Scottish Certificate of Education, 1963
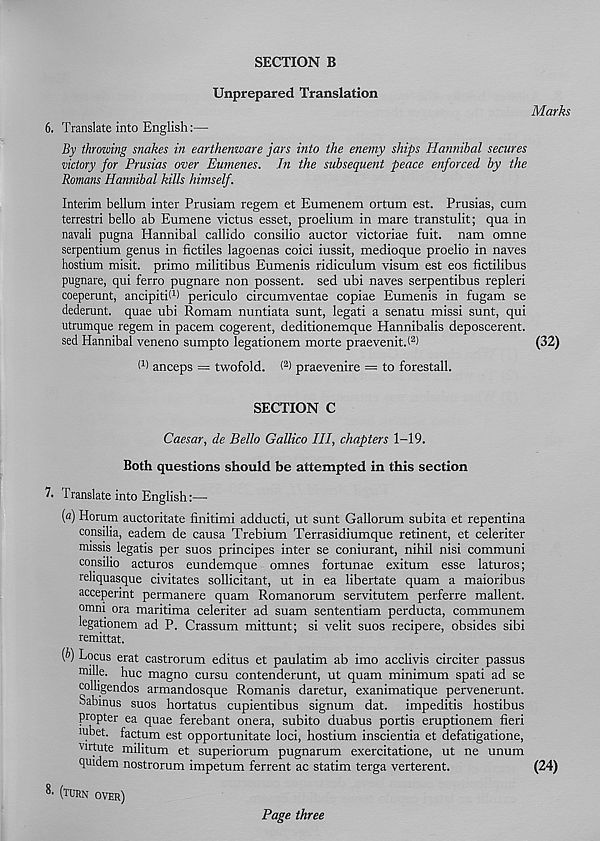
SECTION B
6.
Unprepared Translation
Translate into English:—
Marks
By throwing snakes in earthenware jars into the enemy ships Hannibal secures
victory for Prusias over Eumenes. Jn the subsequent peace enforced by the
Romans Hannibal kills himself.
Interim helium inter Prusiam regem et Eumenem ortum est. Prusias, cum
terrestri hello ah Eumene victus esset, proelium in mare transtulit; qua in
navali pugna Hannibal callido consilio auctor victoriae fuit. nam omne
serpentium genus in fictiles lagoenas coici iussit, medioque proelio in naves
hostium misit. primo militibus Eumenis ridiculum visum est eos fictilibus
pugnare, qui ferro pugnare non possent. sed ubi naves serpentibus repleri
coeperunt, ancipitit 1 ) periculo circumventae copiae Eumenis in fugam se
dederunt. quae ubi Romam nuntiata sunt, legati a senatu missi sunt, qui
utrumque regem in pacem cogerent, deditionemque Hannibalis deposcerent.
sed Hannibal veneno sumpto legationem morte praevenit.l 2 )
(32)
I 1 ) anceps = twofold. ( 2 ) praevenire = to forestall.
SECTION C
Caesar, de Bello Gallico III, chapters 1-19.
Both questions should be attempted in this section
7. Translate into English:—
(a) Horum auctoritate finitimi adducti, ut sunt Gallorum subita et repentina
consilia, eadem de causa Trebium Terrasidiumque retinent, et celeriter
missis legatis per suos principes inter se coniurant, nihil nisi communi
consilio acturos eundemque omnes fortunae exitum esse laturos;
reliquasque civitates sollicitant, ut in ea libertate quam a maioribus
accepennt permanere quam Romanorum servitutem perferre mallent.
omni ora maritima celeriter ad suam sententiam perducta, communem
legationem ad P. Crassum mittunt; si velit suos recipere, obsides sibi
remittat.
{b) Locus erat castrorum editus et paulatim ab imo acclivis circiter passus
miUe. hue magno cursu contenderunt, ut quam minimum spati ad se
colligendos armandosque Romanis daretur, exanimatique pervenerunt.
oabmus suos hortatus cupientibus signum dat. impeditis hostibus
propter ea quae ferebant onera, subito duabus portis eruptionem fieri
wbet. factum est opportunitate loci, hostium inscientia et defatigatione,
virtute militum et superiorum pugnarum exercitatione, ut ne unum
quidem nostrorum impetum ferrent ac statim terga verterent.
(24)
8' (turn over)
Page three